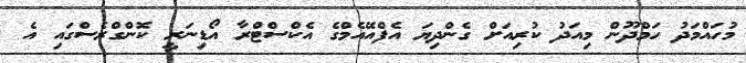
މުހައްމަދު ހަމްދޫން މިއަދު ކުރިއަށް ގެންދިޔަ އެފްއޭއެމްގެ އެކްސްޓްރާ އޯޑިނަރީ ކޮންގްރެސްގައި އެ